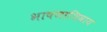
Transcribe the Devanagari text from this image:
भाषणाशिवाय